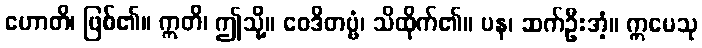
ဟောတိ၊ ဖြစ်၏။ ဣတိ၊ ဤသို့။ ဝေဒိတဗ္ဗံ၊ သိထိုက်၏။ ပန၊ ဆက်ဦးအံ့။ ဣမေသု